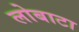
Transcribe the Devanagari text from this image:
लोबाटा